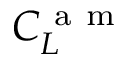
C _ { L } ^ { \mathrm { ~ a ~ m ~ } }